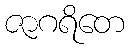
ဇာဂရိတေ